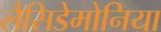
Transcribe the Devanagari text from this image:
लैसिडेमोनिया